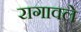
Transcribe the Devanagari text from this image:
रागावले